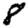
Digit: 8